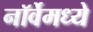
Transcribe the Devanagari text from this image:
नॉर्वेमध्ये